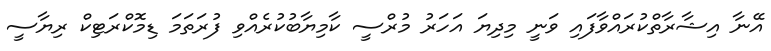
އޭނާ އިޝާރާތްކުރައްވާފައި ވަނީ މިދިޔަ އަހަރު މުރްސީ ކާމިޔާބުކުރެއްވި ފުރަތަމަ ޑިމޮކްރަޓިކް ރިޔާސީ